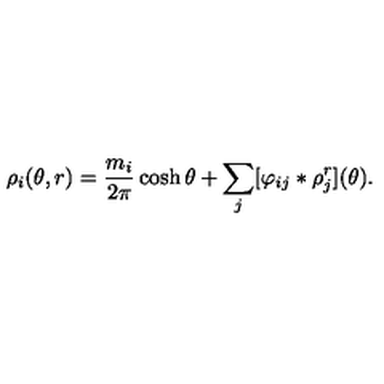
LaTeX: \rho _ { i } ( \theta , r ) = \frac { m _ { i } } { 2 \pi } \cosh \theta + \sum _ { j } [ \varphi _ { i j } \ast \rho _ { j } ^ { r } ] ( \theta ) .